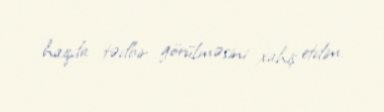
haqda tədbir görülməsini xahiş etdim.